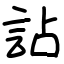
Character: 詀